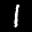
Label: 1